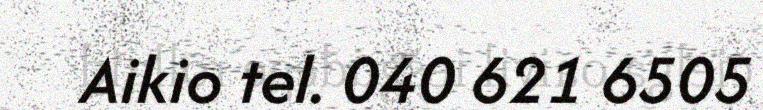
Aikio tel. 040 621 6505